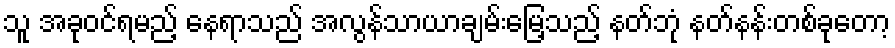
သူ အခုဝင်ရမည့် နေရာသည် အလွန်သာယာချမ်းမြေ့သည့် နတ်ဘုံ နတ်နန်းတစ်ခုတော့